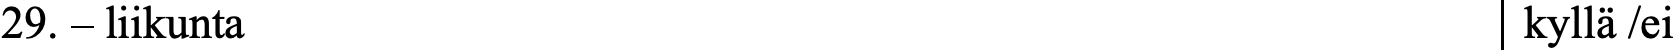
29. – liikunta                                    kyllä /ei